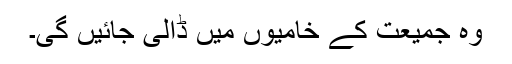
وہ جمیعت کے خامیوں میں ڈالی جائیں گی۔